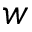
w